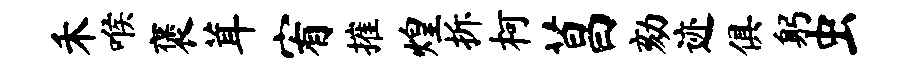
禾喉褒茸宥摧煌拆柯菖劾迹俱躬虫